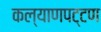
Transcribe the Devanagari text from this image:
कल्याणपट्टण